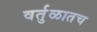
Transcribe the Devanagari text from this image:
वर्तुळातच